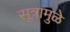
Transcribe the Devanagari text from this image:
सूत्रामुळे